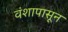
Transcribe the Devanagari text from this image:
वंशापासून